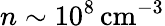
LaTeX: n\sim 10^{8}\, \mathrm{cm}^{-3}